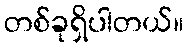
တစ်ခုရှိပါတယ်။